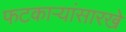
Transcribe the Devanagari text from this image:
फटकाऱ्यांसारखे